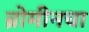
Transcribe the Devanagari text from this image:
ब्रोमीनचा